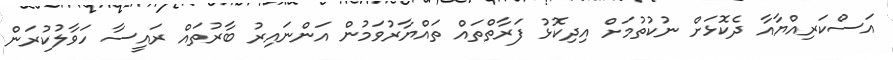
އަސްކަރިއްޔާއާ ދެކޮޅަށް ނުކުތުމަށް އިދިކޮޅު ފަރާތްތައް ތައްޔާރުވަމުން އަންނައިރު ބާރުތައް ރައީސާ ހަވާލުކުރަން